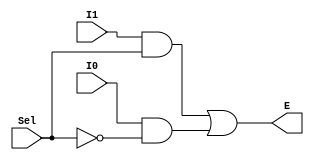
module MUX0(Sel,I0,I1,E);
input Sel,I0,I1;
output E;
assign E=(I1&Sel)|(I0&~Sel);
endmodule

module MUX1(Sel,I0,I1,E);
input Sel,I0,I1;
output E;
wire x,y,z;
not n0(z,Sel);
and a1(x,I1,Sel);
and a0(y,I0,z);
or o0(E,x,y);
endmodule

module MUX2(Sel,I0,I1,E);
input Sel,I0,I1;
output E;
reg E;
always @(Sel,I0,I1)
E=(I1&Sel)|(I0&~Sel);
endmodule

module MUX3(Sel,I0,I1,E);
input Sel,I0,I1;
output E; reg E;
always @(Sel,I0,I1)
begin
if(Sel==0) E=I0;
else E=I1;
end
endmodule

module clock(c);
output c;
reg c;
always #2 c=~c;
initial c=0;
endmodule

module main();
    reg s,i0,i1;
    wire e0,e1,e2,e3;
    //Instante al modulului MUX0..3
    MUX0 m0(s,i0,i1,e0);
    MUX1 m1(s,i0,i1,e1);
    MUX2 m2(s,i0,i1,e2);
    MUX2 m3(s,i0,i1,e3);
    initial
        begin
            $monitor("Output:%d\t%d\t%d\t%d\t%d\t%d\t%d\t%d",$time,s,i0,i1,e0,e1,e2,e3);
            s=1;
            i0=1;
            #5 i1=0;
        end
    wire cc;
    clock clk(cc);
    initial
        begin
            $display("\t\tTime\tcc");
            $monitor("%d\t%d",$time,cc);
            #50 $finish();
end
endmodule